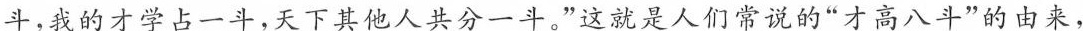
斗，我的才学占一斗，天下其他人共分一斗。”这就是人们常说的”才高八斗”的由来，